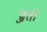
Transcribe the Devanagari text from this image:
ज्जता